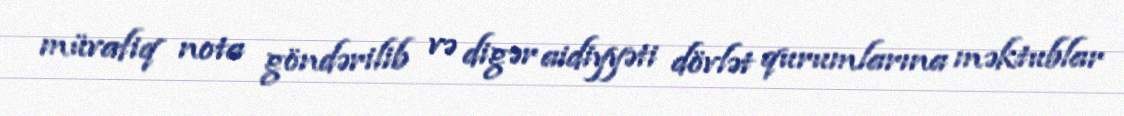
müvafiq nota göndərilib və digər aidiyyəti dövlət qurumlarına məktublar